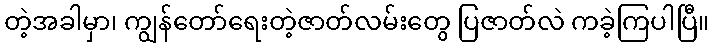
တဲ့အခါမှာ၊ ကျွန်တော်ရေးတဲ့ဇာတ်လမ်းတွေ ပြဇာတ်လဲ ကခဲ့ကြပါပြီ။